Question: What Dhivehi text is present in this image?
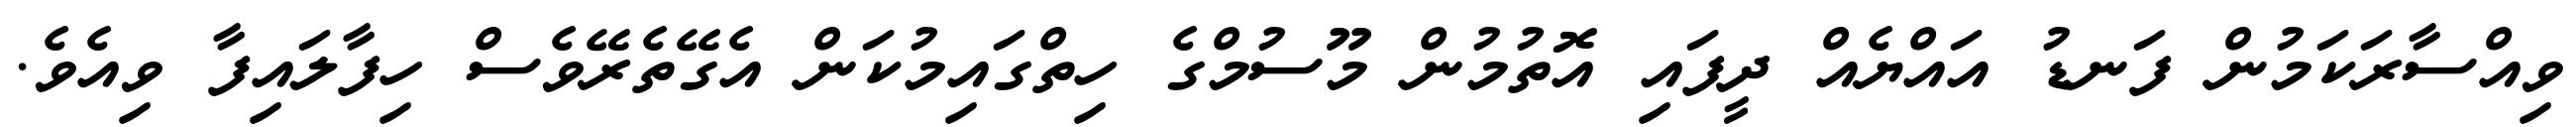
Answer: ވިއްސާރަކަމުން ފަނޑު އައްޔެއް ދީފައި އޮތުމުން މޫސުމްގެ ހިތްގައިމުކަން އެގޭތެރޭވެސް ހިފާލައިފާ ވިއެވެ.